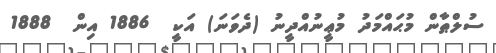
ސުލްޠާން މުޙައްމަދު މުޢީނުއްދީނު (ދެވަނަ) އަކީ  1886 އިން  1888